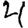
Digit: 4